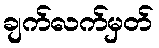
ချက်လက်မှတ်